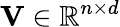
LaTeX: \mathbf{V}\in\mathbb{R}^{n\times d}